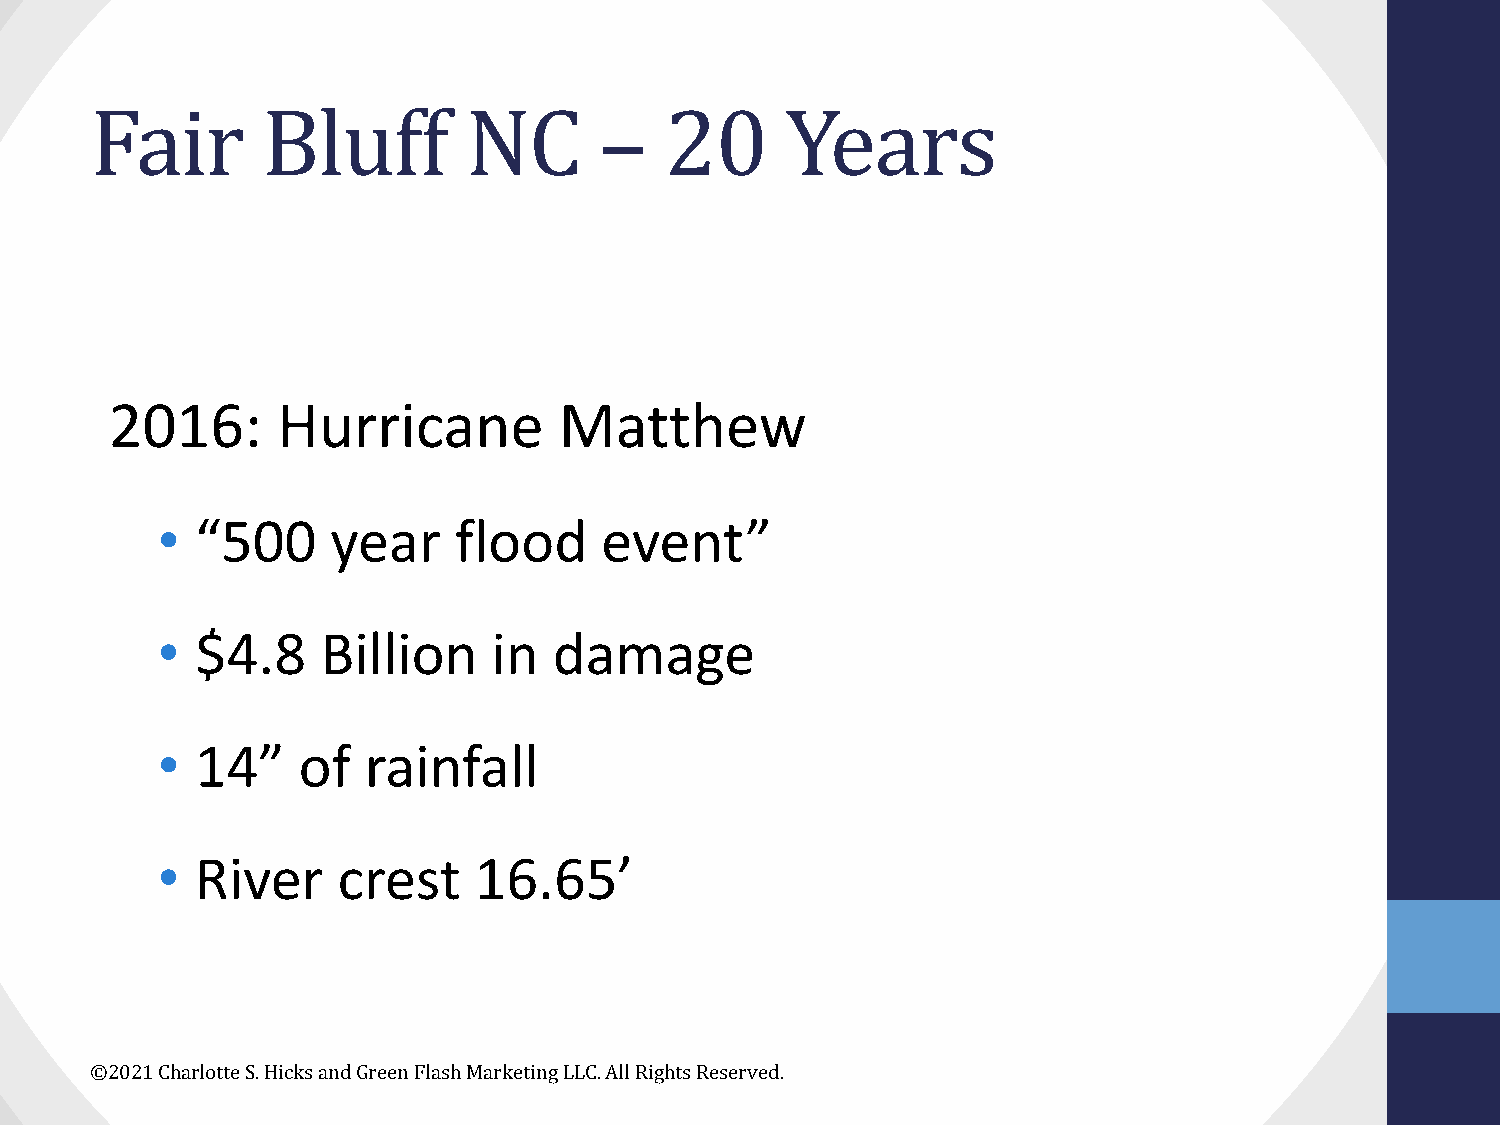
Fair       Bluff         NC       –   20      Years
 2016:      Hurricane          Matthew
 •  “500     year    flood     event”
 •  $4.8    Billion     in  damage
 •  14”    of  rainfall
 •  River    crest    16.65’
 ©2021 Charlotte S. Hicks and Green Flash Marketing LLC. All Rights Reserved.